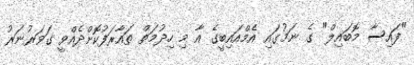
"ފައިސާ މޮބައިލް" ގެ ނަމުގައި އެމްއައިބީގެ އާ މި ހިދުމަތް ތައާރަފުކޮށްދެއްވީ ގަވަރުނަރު